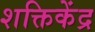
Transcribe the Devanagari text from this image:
शक्तिकेंद्र